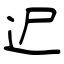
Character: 迉